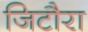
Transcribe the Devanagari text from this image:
जिटौरा